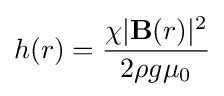
h(r)={\frac {\chi |\mathbf {B} (r)|^{2}}{2\rho g\mu _{0}}}